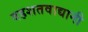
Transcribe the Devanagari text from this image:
दहशतवाद्यानी